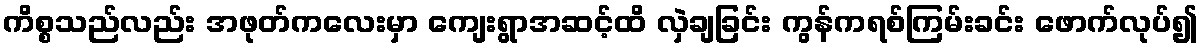
ကိစ္စသည်လည်း အဖုတ်ကလေးမှာ ကျေးရွာအဆင့်ထိ လှဲချခြင်း ကွန်ကရစ်ကြမ်းခင်း ဖောက်လုပ်၍